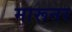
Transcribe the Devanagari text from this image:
मारूनर